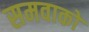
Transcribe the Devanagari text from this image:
समवाकों